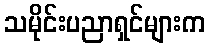
သမိုင်းပညာရှင်များက